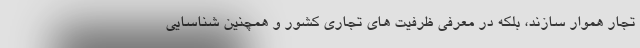
تجار هموار سازند، بلکه در معرفی ظرفیت های تجاری کشور و همچنین شناسایی